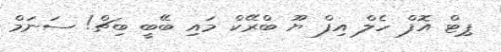
ޕިޓް އޮފް ހެލް އިފް ޔޫ ބްރޭކް މައި ބޭބީ ބިޗް! ސަނަމް